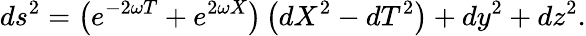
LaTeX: ds^{2}=\left(e^{-2\omega T}+e^{2\omega X}\right)\left(dX^{2}-dT^{2}\right)+dy^{2}+dz^{2}.